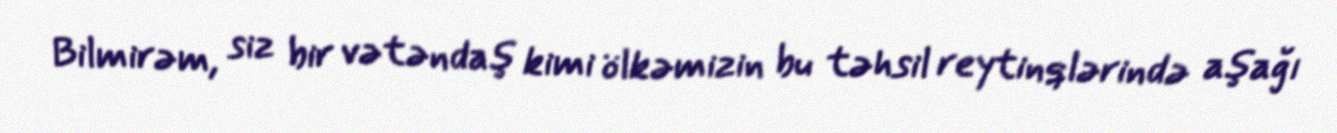
Bilmirəm, siz bir vətəndaş kimi ölkəmizin bu təhsil reytinqlərində aşağı